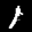
Label: 1